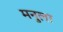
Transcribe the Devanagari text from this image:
मनुला